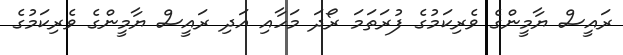
ރައީސް ޔާމީންގެ ވެރިކަމުގެ ފުރަތަމަ ރޯދަ މަހާއި އަދި ރައީސް ޔާމީންގެ ވެރިކަމުގެ